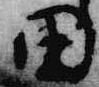
田